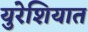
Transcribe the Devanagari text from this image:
युरेशियात